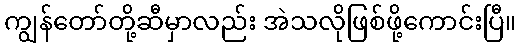
ကျွန်တော်တို့ဆီမှာလည်း အဲသလိုဖြစ်ဖို့ကောင်းပြီ။